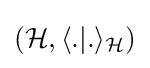
({\mathcal {H}},\langle .|.\rangle _{\mathcal {H}})